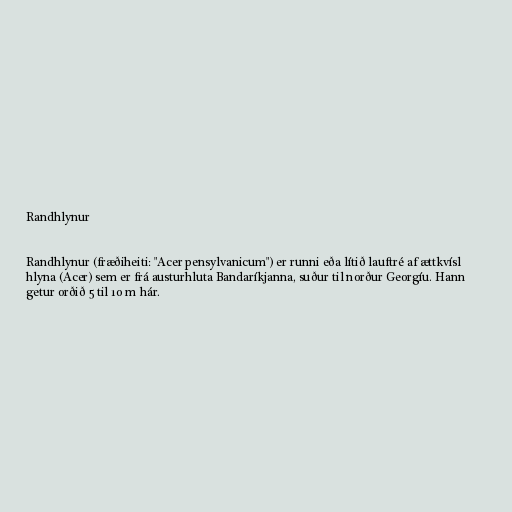
Randhlynur

Randhlynur (fræðiheiti: "Acer pensylvanicum") er runni eða lítið lauftré af ættkvísl
hlyna (Acer) sem er frá austurhluta Bandaríkjanna, suður til norður Georgíu. Hann
getur orðið 5 til 10 m hár.